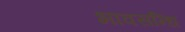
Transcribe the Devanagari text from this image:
भावसन्धि